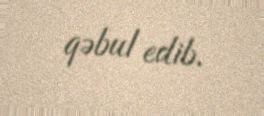
qəbul edib.